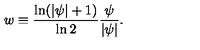
w \equiv \frac { \ln ( | \psi | + 1 ) } { \ln 2 } \frac { \psi } { | \psi | } .